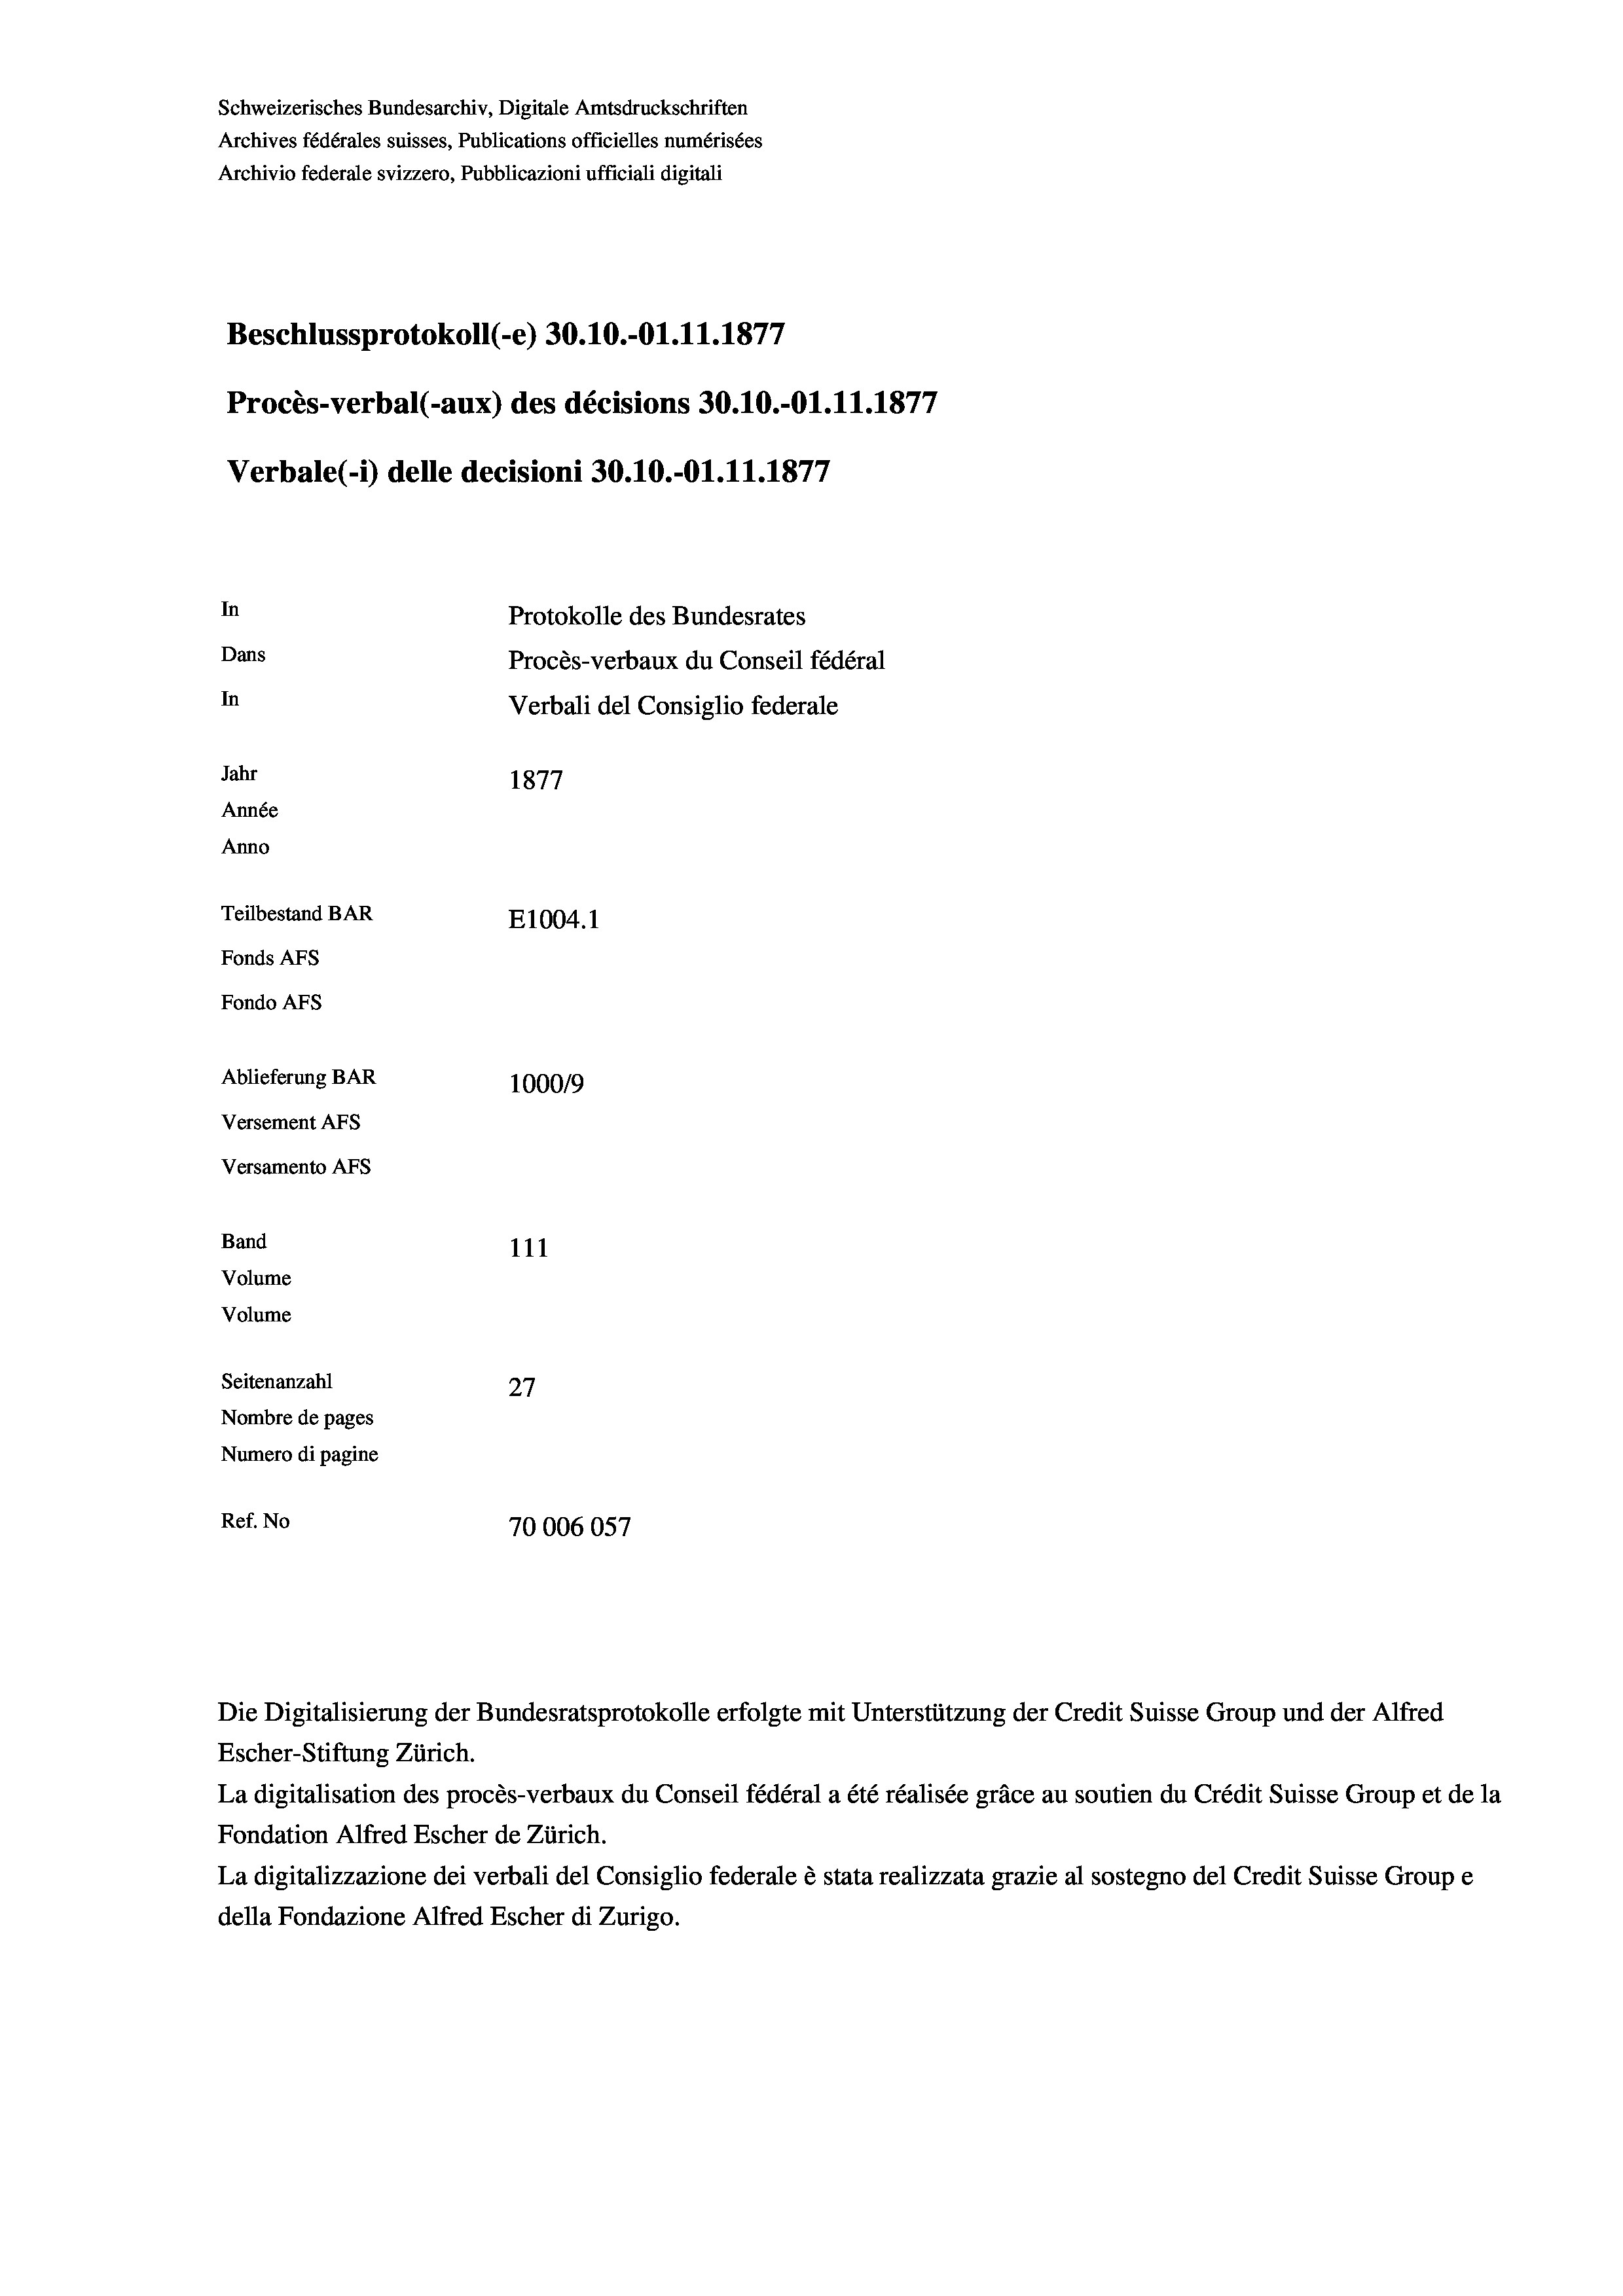
Schweizerisches Bundesarchiv, Digitale Amtsdruckschriften
Archives fédérales suisses, Publications officielles numérisées
Archivio federale svizzero, Pubblicazioni ufficiali digitali
Beschlussprotokoll (-e) 30.10.-O1.11.1877
Procès-verbal (-aux) des décisions 30.10.-O1.11.1877
In
Protokolle des Bundesrates
Dans
Procès-verbaux du Conseil fédéral
In
Verbali del Consiglio federale
Jahr
1877
Année
Anno
Teilbestand BAR
E1004. 1
Fonds AFs
Fondo AFs
Ablieferung BAR
100019
Versement As

Versamento AFs
Band
Volume
Volume

Verbale(*) delle decisioni 30.10.-Ol.11.1877

111
Seitenanzahl
27
Nombre de pages
Numero di pagine
Ref. No
70006057

Escher-Stiftung Zürich.
La digitalisation des procès-verbaux du Conseil fédéral a été réalisée gräce au soutien du Crédit Suisse Group et de la
Fondation Alfred Escher de Zürich.
La digitalizzazione dei verbali del Consiglio federale è stata realizzata grazie al sostegno del Credit Suisse Groupe
della Fondazione Alfred Escher di Zurigo.

Die Digitalisierung der Bundesratsprotokolle erfolgte mit Unterstützung der Credit Suisse Group und der Alfred